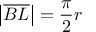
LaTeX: \left| { \overline { { B L } } } \right| = { \frac { \pi } { 2 } } r